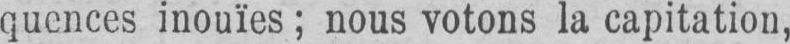
quences inouïes; nous votons la capitation,